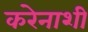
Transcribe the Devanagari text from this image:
करेेनाशी